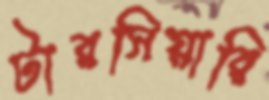
টারসিয়ারি